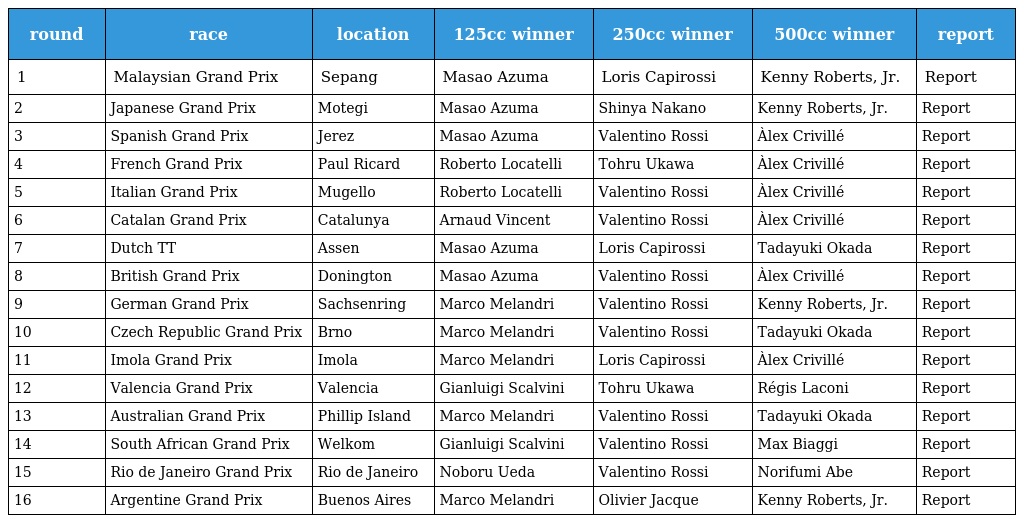
| round | race | location | 125cc winner | 250cc winner | 500cc winner | report |
 | --- | --- | --- | --- | --- | --- | --- |
 | 1 | Malaysian Grand Prix | Sepang | Masao Azuma | Loris Capirossi | Kenny Roberts, Jr. | Report |
 | 2 | Japanese Grand Prix | Motegi | Masao Azuma | Shinya Nakano | Kenny Roberts, Jr. | Report |
 | 3 | Spanish Grand Prix | Jerez | Masao Azuma | Valentino Rossi | Àlex Crivillé | Report |
 | 4 | French Grand Prix | Paul Ricard | Roberto Locatelli | Tohru Ukawa | Àlex Crivillé | Report |
 | 5 | Italian Grand Prix | Mugello | Roberto Locatelli | Valentino Rossi | Àlex Crivillé | Report |
 | 6 | Catalan Grand Prix | Catalunya | Arnaud Vincent | Valentino Rossi | Àlex Crivillé | Report |
 | 7 | Dutch TT | Assen | Masao Azuma | Loris Capirossi | Tadayuki Okada | Report |
 | 8 | British Grand Prix | Donington | Masao Azuma | Valentino Rossi | Àlex Crivillé | Report |
 | 9 | German Grand Prix | Sachsenring | Marco Melandri | Valentino Rossi | Kenny Roberts, Jr. | Report |
 | 10 | Czech Republic Grand Prix | Brno | Marco Melandri | Valentino Rossi | Tadayuki Okada | Report |
 | 11 | Imola Grand Prix | Imola | Marco Melandri | Loris Capirossi | Àlex Crivillé | Report |
 | 12 | Valencia Grand Prix | Valencia | Gianluigi Scalvini | Tohru Ukawa | Régis Laconi | Report |
 | 13 | Australian Grand Prix | Phillip Island | Marco Melandri | Valentino Rossi | Tadayuki Okada | Report |
 | 14 | South African Grand Prix | Welkom | Gianluigi Scalvini | Valentino Rossi | Max Biaggi | Report |
 | 15 | Rio de Janeiro Grand Prix | Rio de Janeiro | Noboru Ueda | Valentino Rossi | Norifumi Abe | Report |
 | 16 | Argentine Grand Prix | Buenos Aires | Marco Melandri | Olivier Jacque | Kenny Roberts, Jr. | Report |